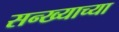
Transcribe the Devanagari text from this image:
सन्ख्याच्या